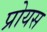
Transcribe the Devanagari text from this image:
प्रोयस